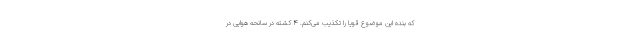
که بنده این موضوع قویاً را تکذیب می‌کنم. 4 کشته در سانحه هوایی در